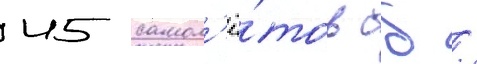
45 самол'ё́тов сб /